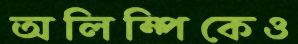
অলিম্পিকেও